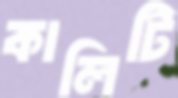
কালিটি